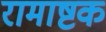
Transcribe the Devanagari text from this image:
रामाष्टक